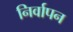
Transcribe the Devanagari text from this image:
निर्वापन